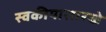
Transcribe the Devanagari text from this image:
स्वकीयासारखे